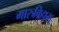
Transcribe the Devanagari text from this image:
मारुबिहाग